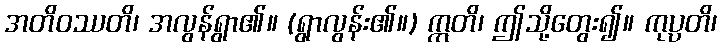
အတိဝဿတိ၊ အလွန်ရွာ၏။ (ရွာလွန်း၏။) ဣတိ၊ ဤသို့တွေး၍။ ကုပ္ပတိ၊